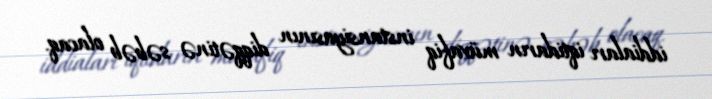
iddiaları iqtidarın müvafiq instansiyasının diqqətinə səbəb olacaq.